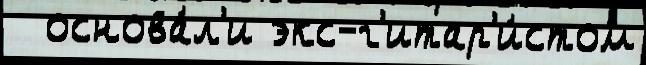
  основа́л'и экс-г'итар'и́стом